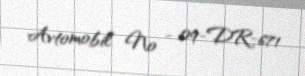
Avtomobil № - 09-DR-671